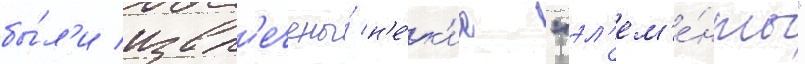
бы́л'и извл'ечены́ н'е́к'ие "эл'ем'е́нты"